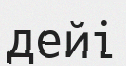
дейі